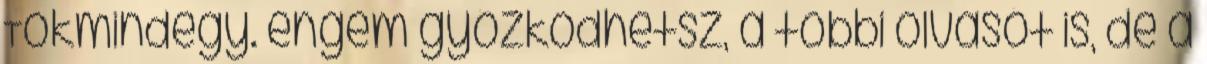
Tökmindegy. engem győzködhetsz, a többi olvasót is, de a